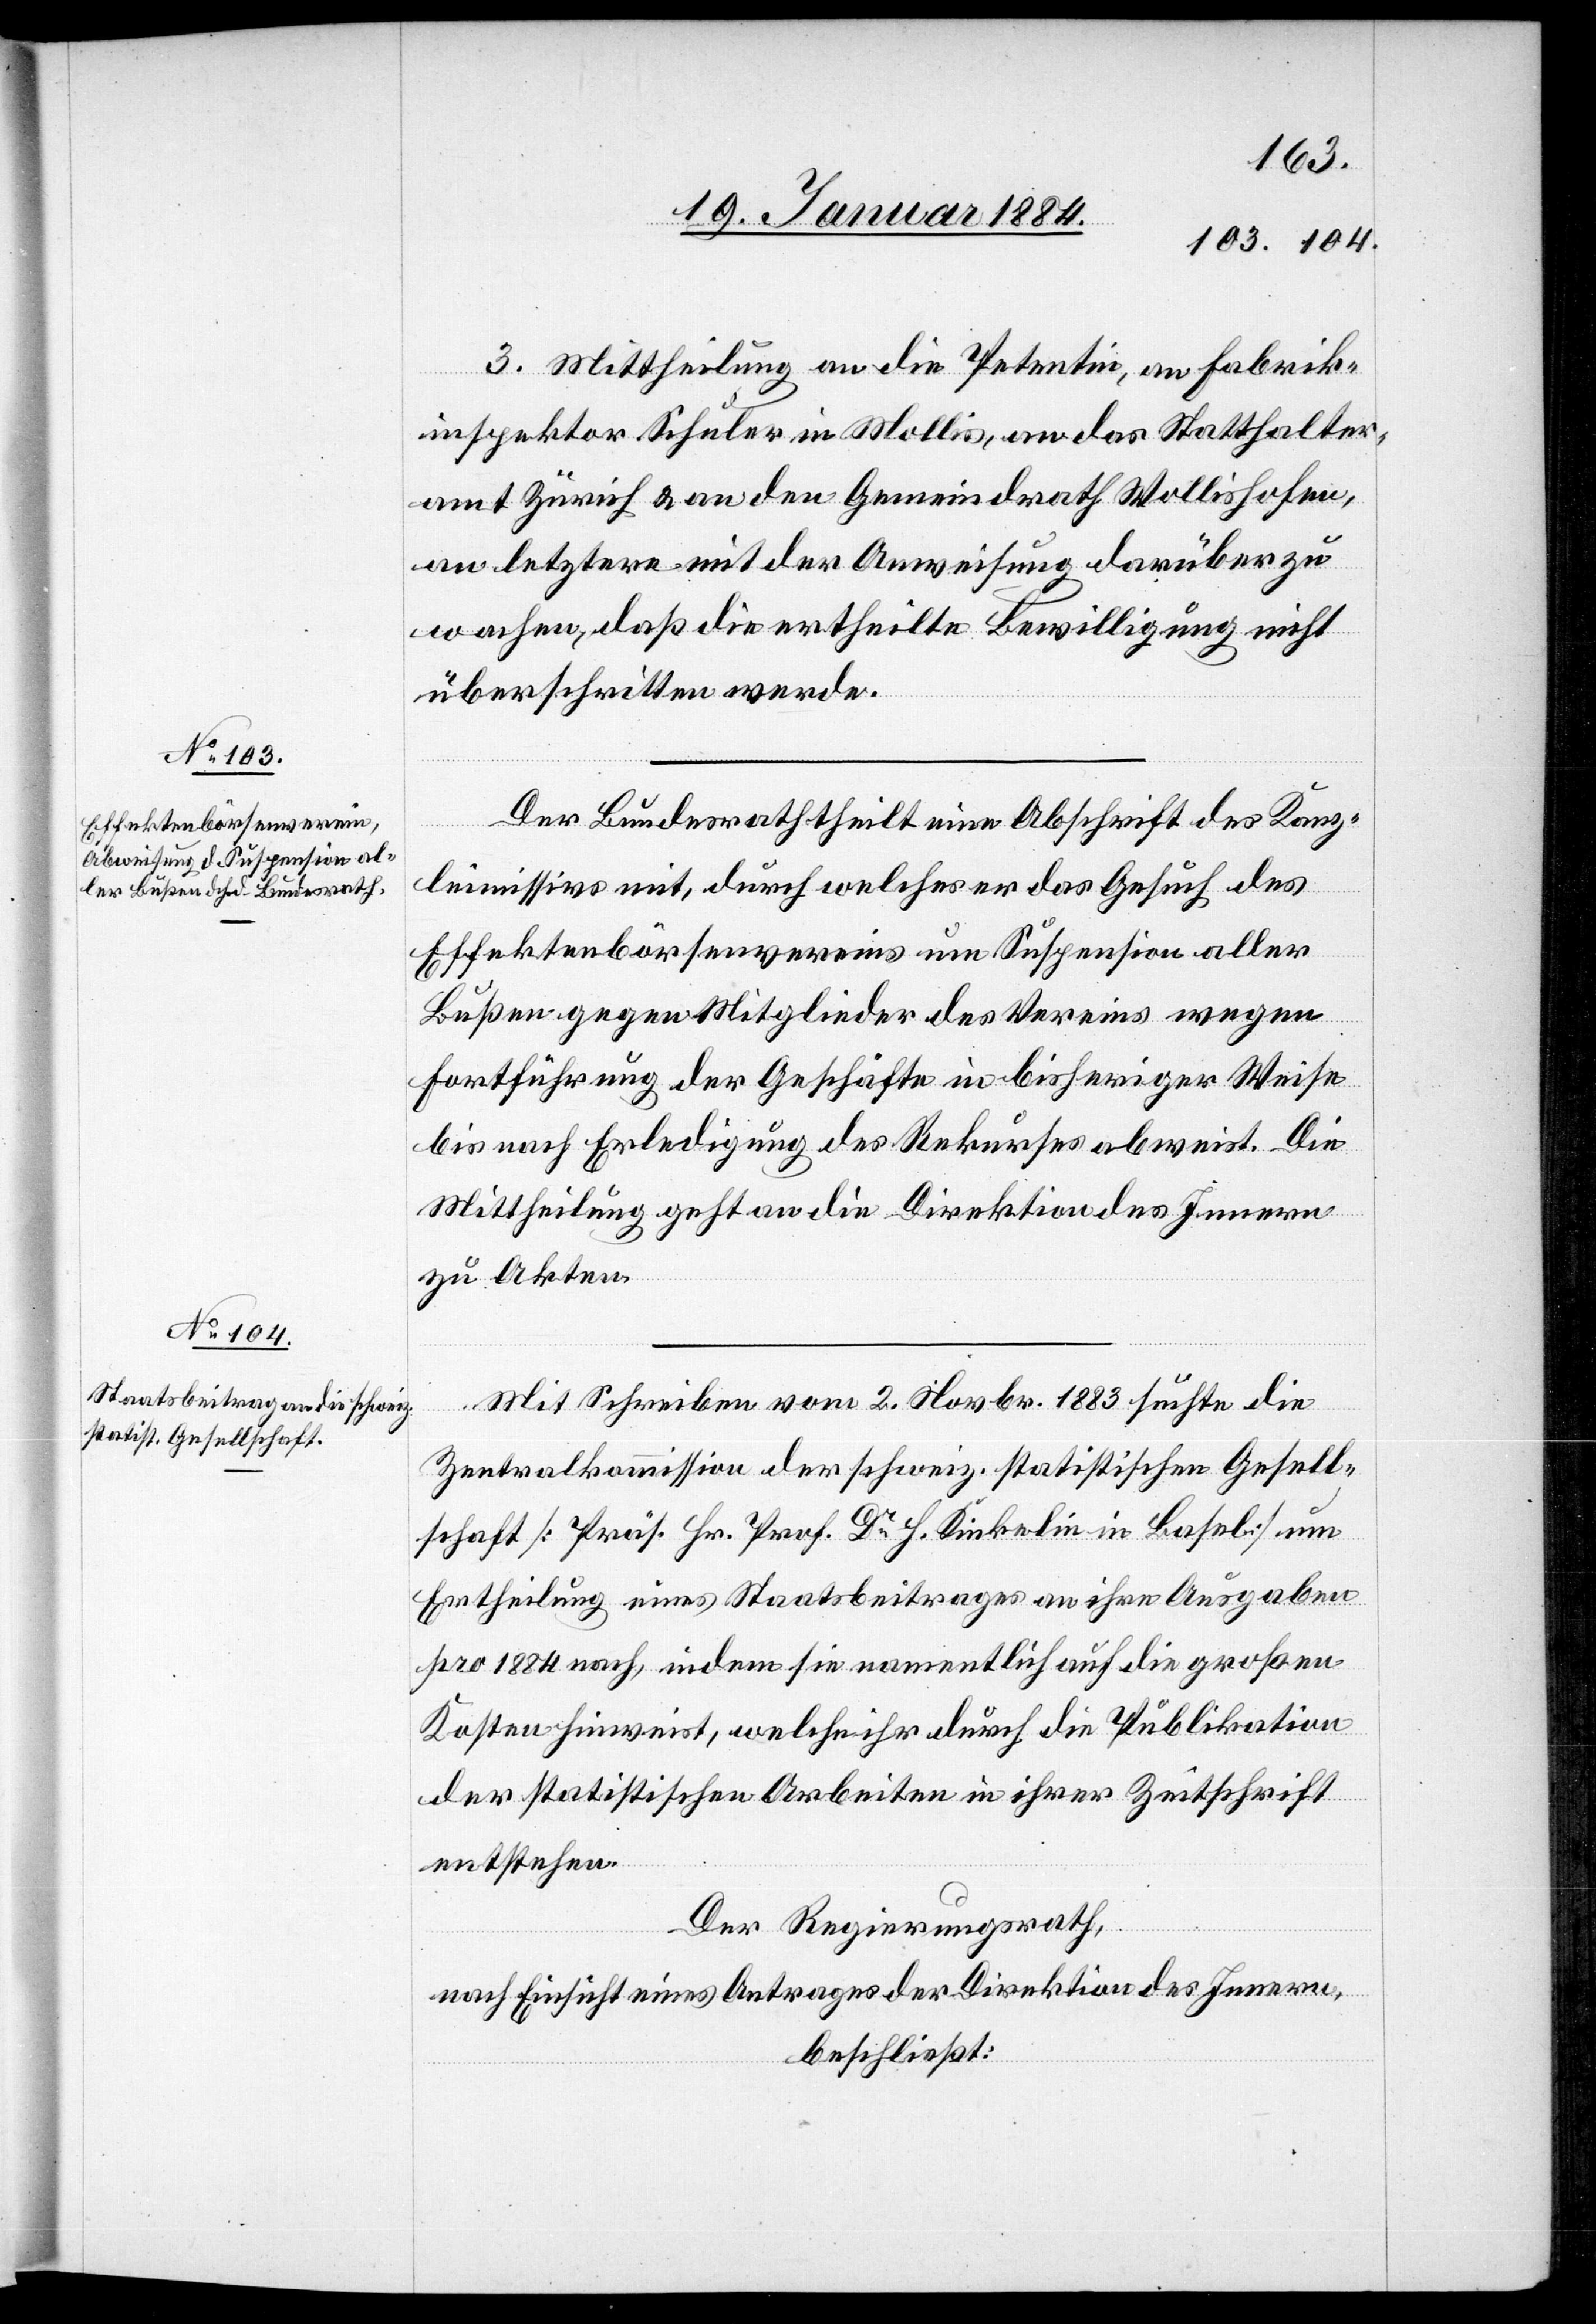
3. Mittheilung an die Petentin, an Fabrik¬
inspektor Schuler in Mollis, an das Statthalter¬
amt Zürich & an den Gemeindrath Wollishofen,
an letztere mit der Anweisung darüber zu
wachen, daß die ertheilte Bewilligung nicht
überschritten werde.
Der Bundesrath theilt eine Abschrift des Kanz¬
leimissivs mit, durch welches er das Gesuch des
Effektenbörsenvereins um Suspension aller
Bußen gegen Mitglieder des Vereins wegen
Fortführung der Geschäfte in bisheriger Weise
bis nach Erledigung des Rekurses abweist. Die
Mittheilung geht an die Direktion des Innern
zu Akten.
Mit Schreiben vom 2. Novbr. 1883 suchte die
Zentralkommission der schweiz. statistischen Gesell¬
schaft [Präs. Hr. Prof. Dr H. Kinkelin in Basel] um
Ertheilung eines Staatsbeitrages an ihre Ausgaben
pro 1884 nach, indem sie namentlich auf die großen
Kosten hinweist, welche ihr durch die Publikation
der statistischen Arbeiten in ihrer Zeitschrift
entstehen.
Der Regierungsrath,
nach Einsicht eines Antrages der Direktion des Innern,
beschließt: